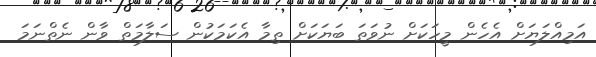
އަމިއްލަޔަށް އެހެން މީހަކަށް ނުވަތަ ބަޔަކަށް ތިމާ އެކަމަކުން ސަލާމަތް ވާން ނެތްނަމަ